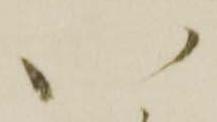
八